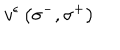
LaTeX: { v } ^ { \epsilon } \left( { \sigma } ^ { - } , { \sigma } ^ { + } \right)